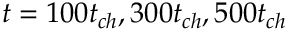
t = 1 0 0 t _ { c h } , 3 0 0 t _ { c h } , 5 0 0 t _ { c h }